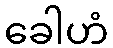
ခေါဟံ